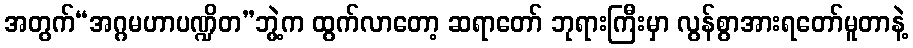
အတွက်“အဂ္ဂမဟာပဏ္ဍိတ”ဘွဲ့က ထွက်လာတော့ ဆရာတော် ဘုရားကြီးမှာ လွန်စွာအားရတော်မူတာနဲ့